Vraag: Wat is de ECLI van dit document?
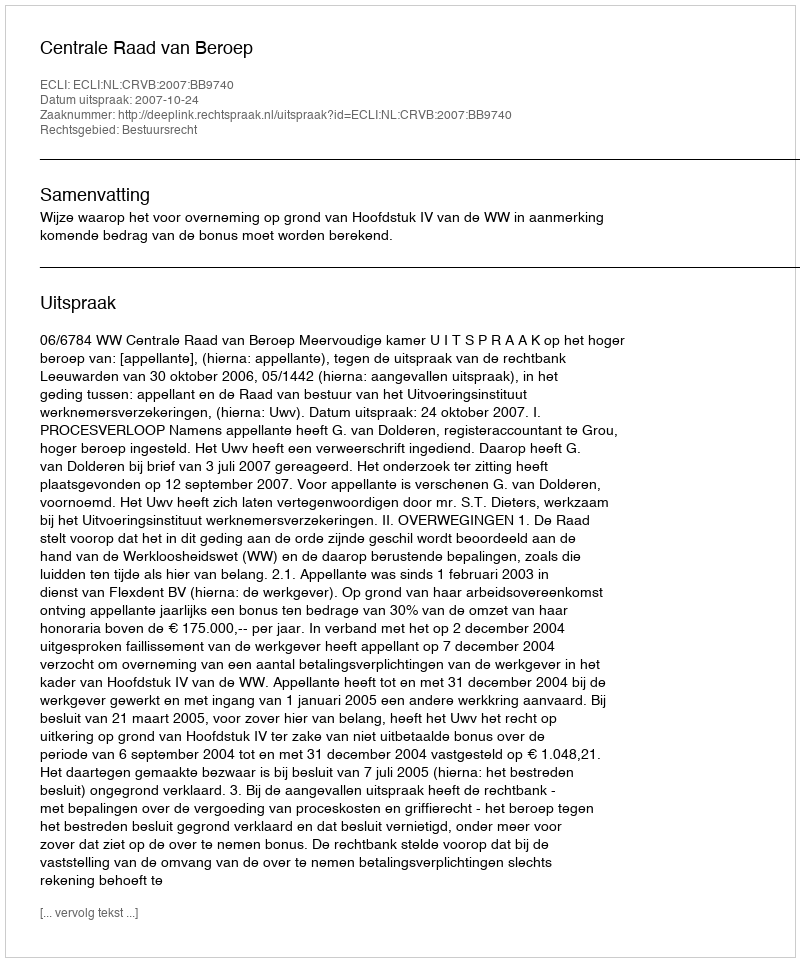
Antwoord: ECLI:NL:CRVB:2007:BB9740